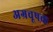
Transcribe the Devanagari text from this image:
अग्रचूषक